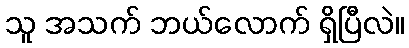
သူ အသက် ဘယ်လောက် ရှိပြီလဲ။